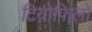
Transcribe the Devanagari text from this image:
टियोफिलो